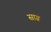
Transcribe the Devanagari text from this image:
साग्र